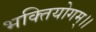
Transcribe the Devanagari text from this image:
भक्तियोगम्‌।।